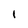
Character: i